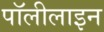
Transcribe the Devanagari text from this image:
पॉलीलाइन